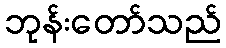
ဘုန်းတော်သည်